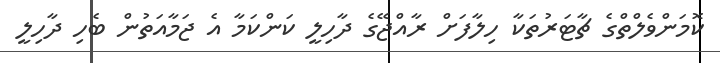
ކޮމަންވެލްތްގެ ޗާޓަރުތަކާ ހިލާފަށް ރާއްޖޭގެ ދާހިލީ ކަންކަމާ އެ ޖަމާއަތުން ބެހި ދާހިލީ